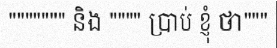
""""""" និង """" ប្រាប់ ខ្ញុំ ថា"""